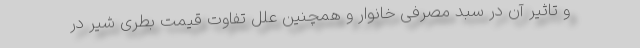
و تاثیر آن در سبد مصرفی خانوار و همچنین علل تفاوت قیمت بطری شیر در